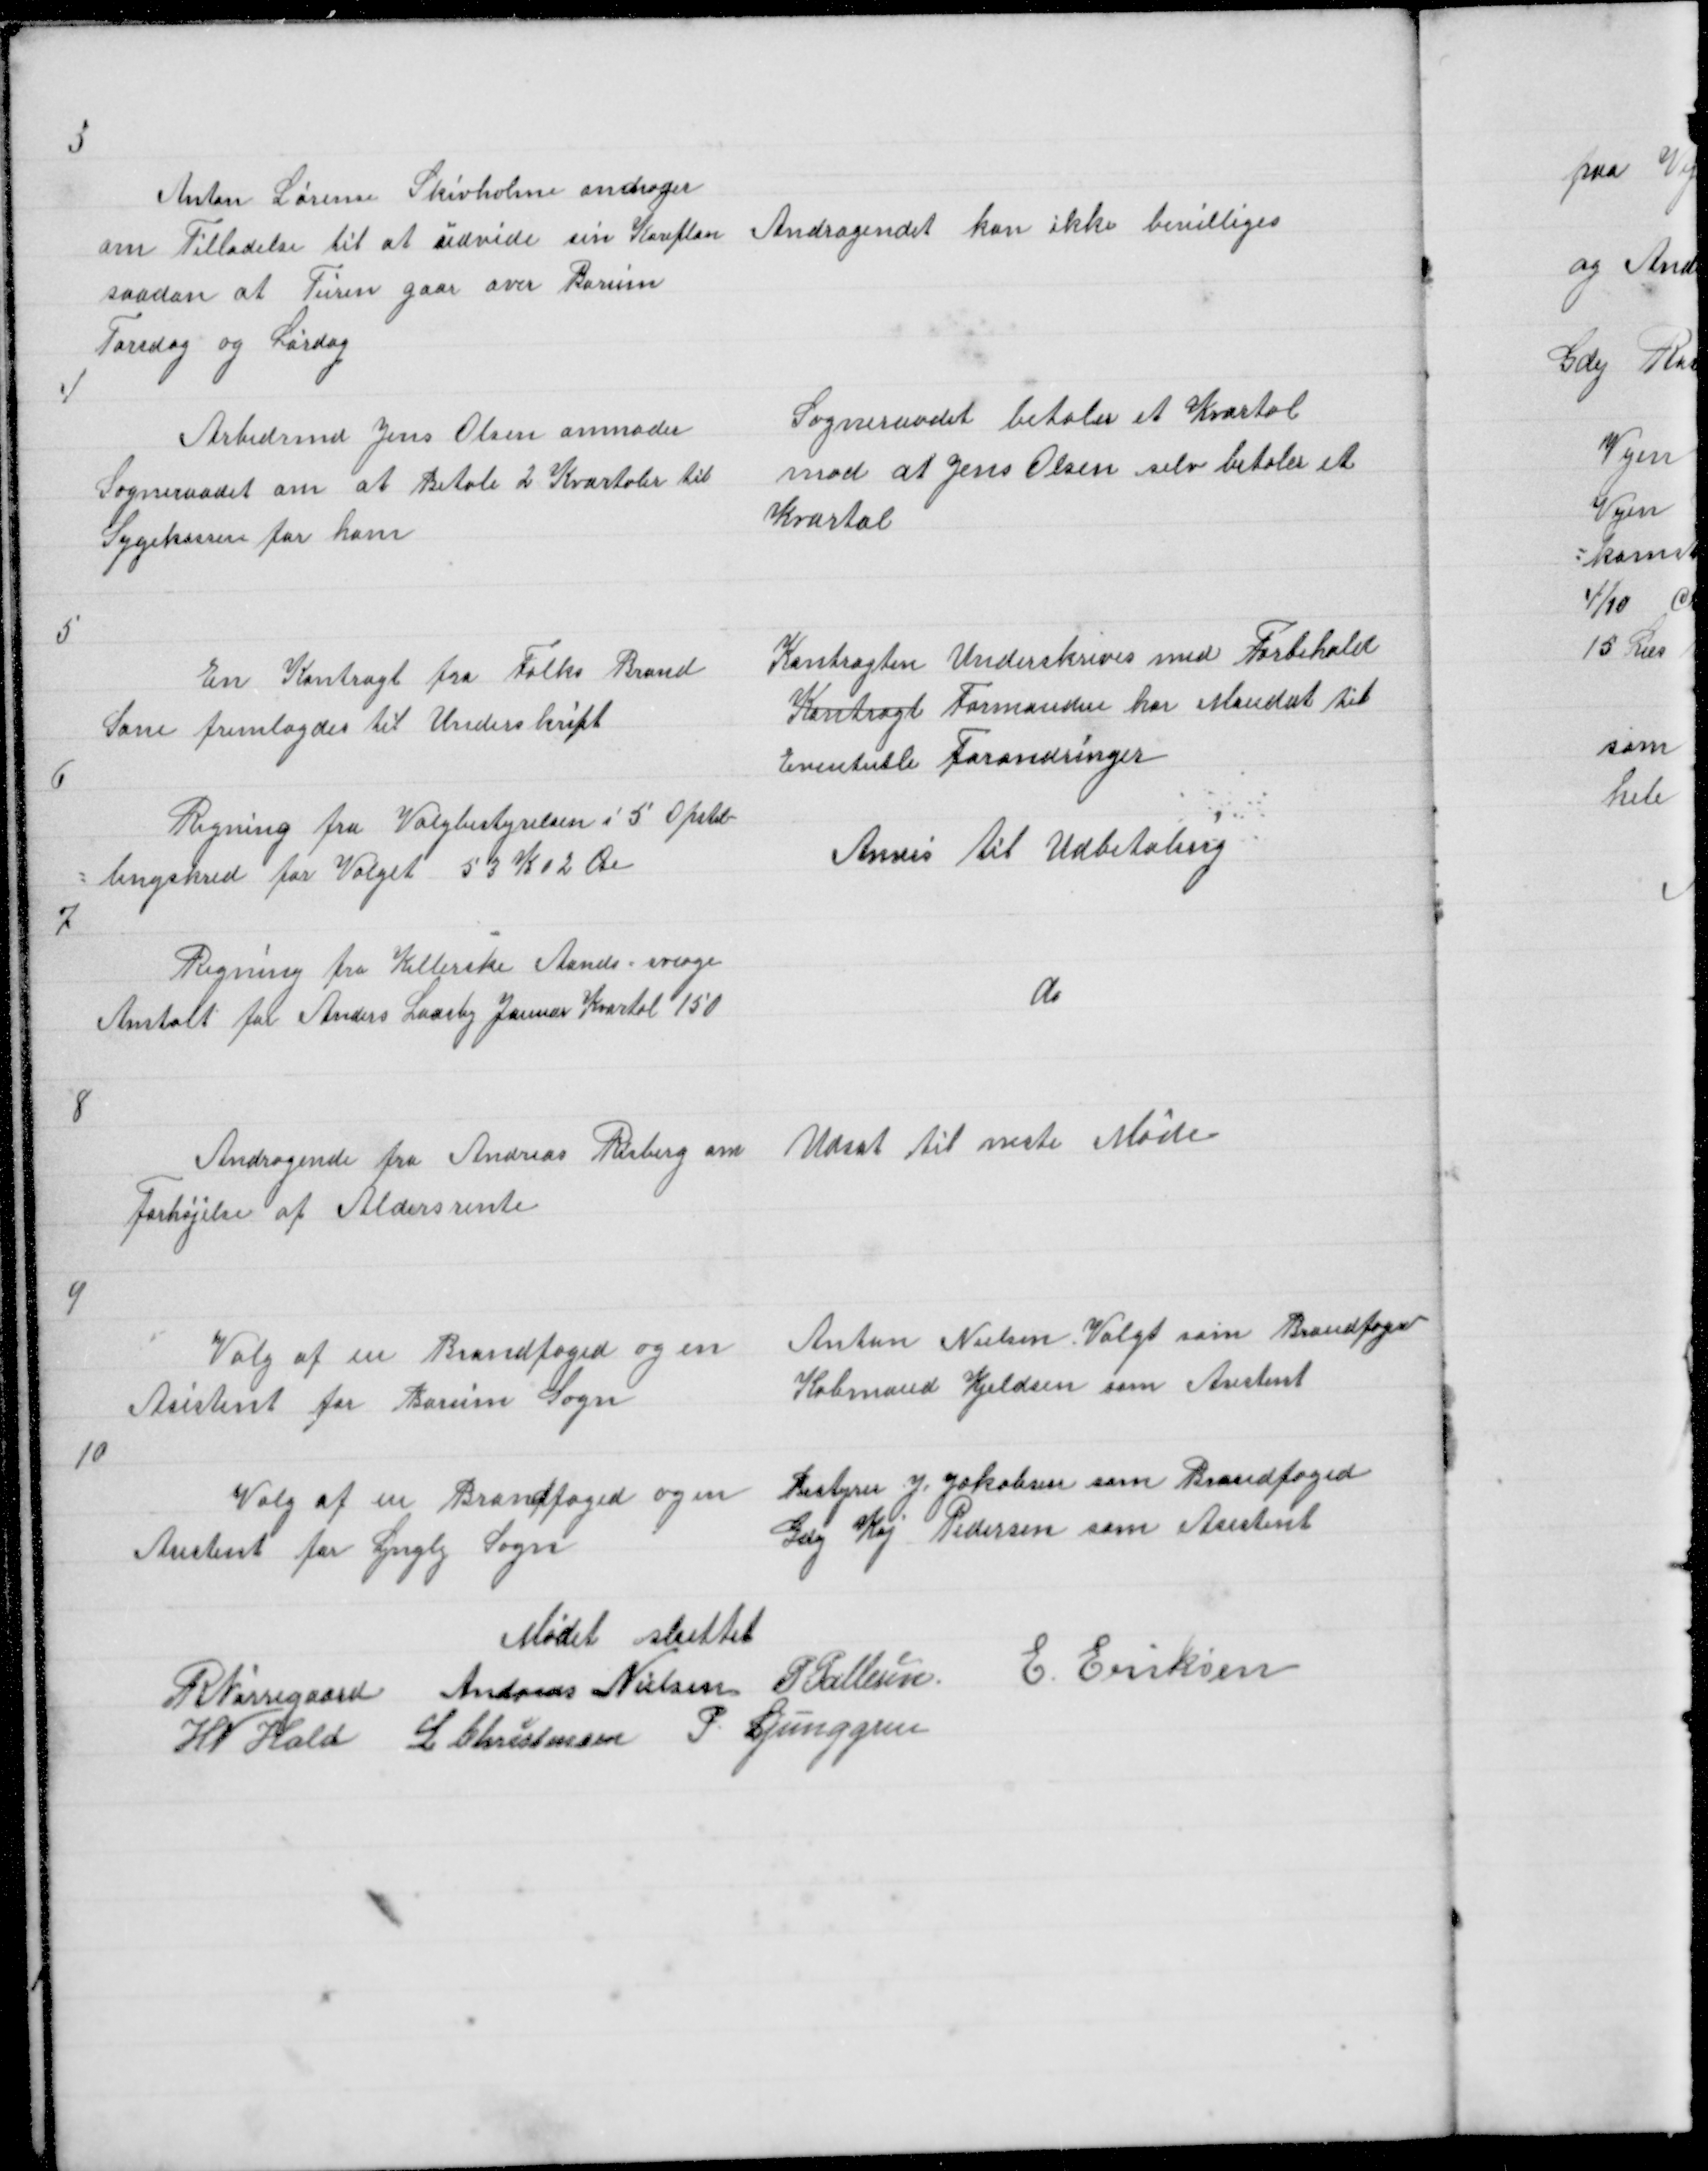
Transskription:
3

Anton Sørense Skivholme andrager
om Tilladelse til at udvide sin Køreplan
saadan at Turen gaar over Borum
Torsdag og Lørdag

Andragendet kan ikke bevilliges

4

Arbedsmd Jens Olsen anmoder
Sogneraadet om at Betale 2 Kvartaler til
Sygekassen for ham

Sogneraadet betaler et Kvartal
mod at Jens Olsen selv betaler et
Kvartal

5

En Kontragt fra Folks Brand
Sone fremlagdes til Underskrift

Kontragten Underskrives med Forbehold
Kontragt Formanden har Mandat til
Eventulle Forandringer

6

Regning fra Valgbestyrelsen i 5 Opstil =
= lingskred for Valget 53 K 02 Øre

Anvis til Udbetaling

7

Regning fra Kellerske Aands - svage
Anstalt for Anders Laasby Januar Kvartal 150

do

8

Andragende fra Andreas Risberg om
Forhøjelse af Aldersrente

Udsat til neste Møde

9

Valg af en Brandfoged og en
Asistent for Borum Sogn

Anton Nielsen valgt som Brandfoged
Købmand Kjeldsen som Asistent

10

Valg af en Brandfoged og en
Asistent for Lyngby Sogn

Bestyrer J Jakobsen som Brandfoged
Gdej Kaj Pedersen som Asistent

Mødet sluttet
R Nørregaard Andreas Nielsen P Pallesen E Eriksen
H N Hald L Christensen P Ljunggren